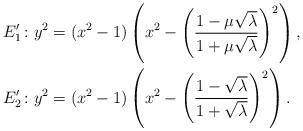
LaTeX: \begin{align*}E_1' &\colon y^2= (x^2-1)\left(x^2-\left(\frac{1-\mu\sqrt{\lambda}}{1+\mu\sqrt{\lambda}}\right)^2\right),\\E_2' &\colon y^2= (x^2-1)\left(x^2-\left(\frac{1-\sqrt{\lambda}}{1+\sqrt{\lambda}}\right)^2\right).\end{align*}